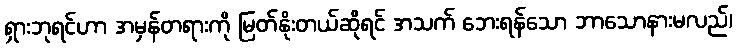
ရှားဘုရင်ဟာ အမှန်တရားကို မြတ်နိုးတယ်ဆိုရင် အသက် ဘေးရန်သော ဘာသောနားမလည်၊